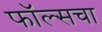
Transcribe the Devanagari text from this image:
फॉल्सचा